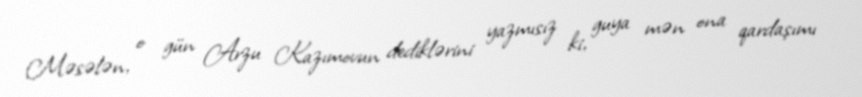
Məsələn, o gün Arzu Kazımovun dediklərini yazmısız ki, guya mən ona qardaşımı